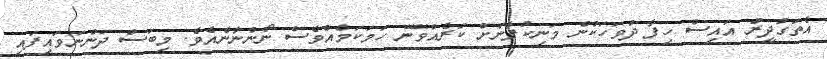
އެތަގުދީރު އައިސް ހިފާ ދުވަހަކުން މަނިކުފާނަށް ކުރެއްވޭނޭ ހަމަކަމެއްވެސް ނޯންނާނެއެވެ. މިބަސް ދަންނަވައިފައި